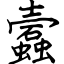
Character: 蠧